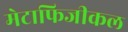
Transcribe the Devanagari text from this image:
मेटाफिजीकल